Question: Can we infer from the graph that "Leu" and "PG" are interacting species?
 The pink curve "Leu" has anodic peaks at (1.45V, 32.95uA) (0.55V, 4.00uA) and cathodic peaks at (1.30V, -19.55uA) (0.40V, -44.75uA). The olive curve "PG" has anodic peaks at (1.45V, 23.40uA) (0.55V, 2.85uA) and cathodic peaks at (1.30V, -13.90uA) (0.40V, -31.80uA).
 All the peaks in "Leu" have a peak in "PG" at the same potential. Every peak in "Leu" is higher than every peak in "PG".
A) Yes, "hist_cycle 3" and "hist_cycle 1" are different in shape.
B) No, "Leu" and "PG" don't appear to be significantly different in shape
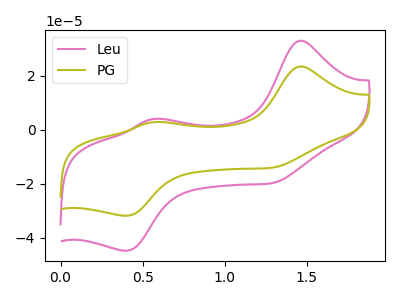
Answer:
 <answer>B) No, "Leu" and "PG" don't appear to be significantly different in shape</answer>
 <eval>B</eval>